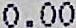
0.00